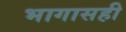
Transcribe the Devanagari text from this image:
भागासही